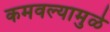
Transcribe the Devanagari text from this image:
कमवल्यामुळे